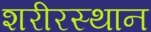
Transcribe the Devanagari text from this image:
शरीरस्थान